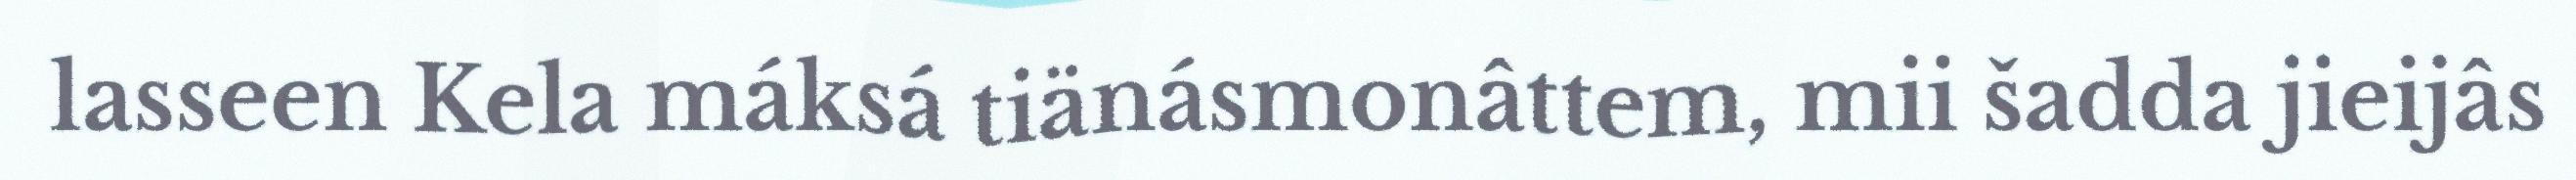
lasseen Kela máksá tiänásmonâttem, mii šadda jieijâs